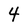
Character: 4